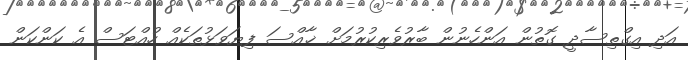
އަދި އިގްތިސާދީ ގޮތުން އަންހެނުން ބާރުވެރިކުރުމަށް ޚާއްސަ ފިޔަވަޅުތަކެއް ހުއްޓަސް އެ ކަންކަން